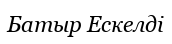
Батыр Ескелді